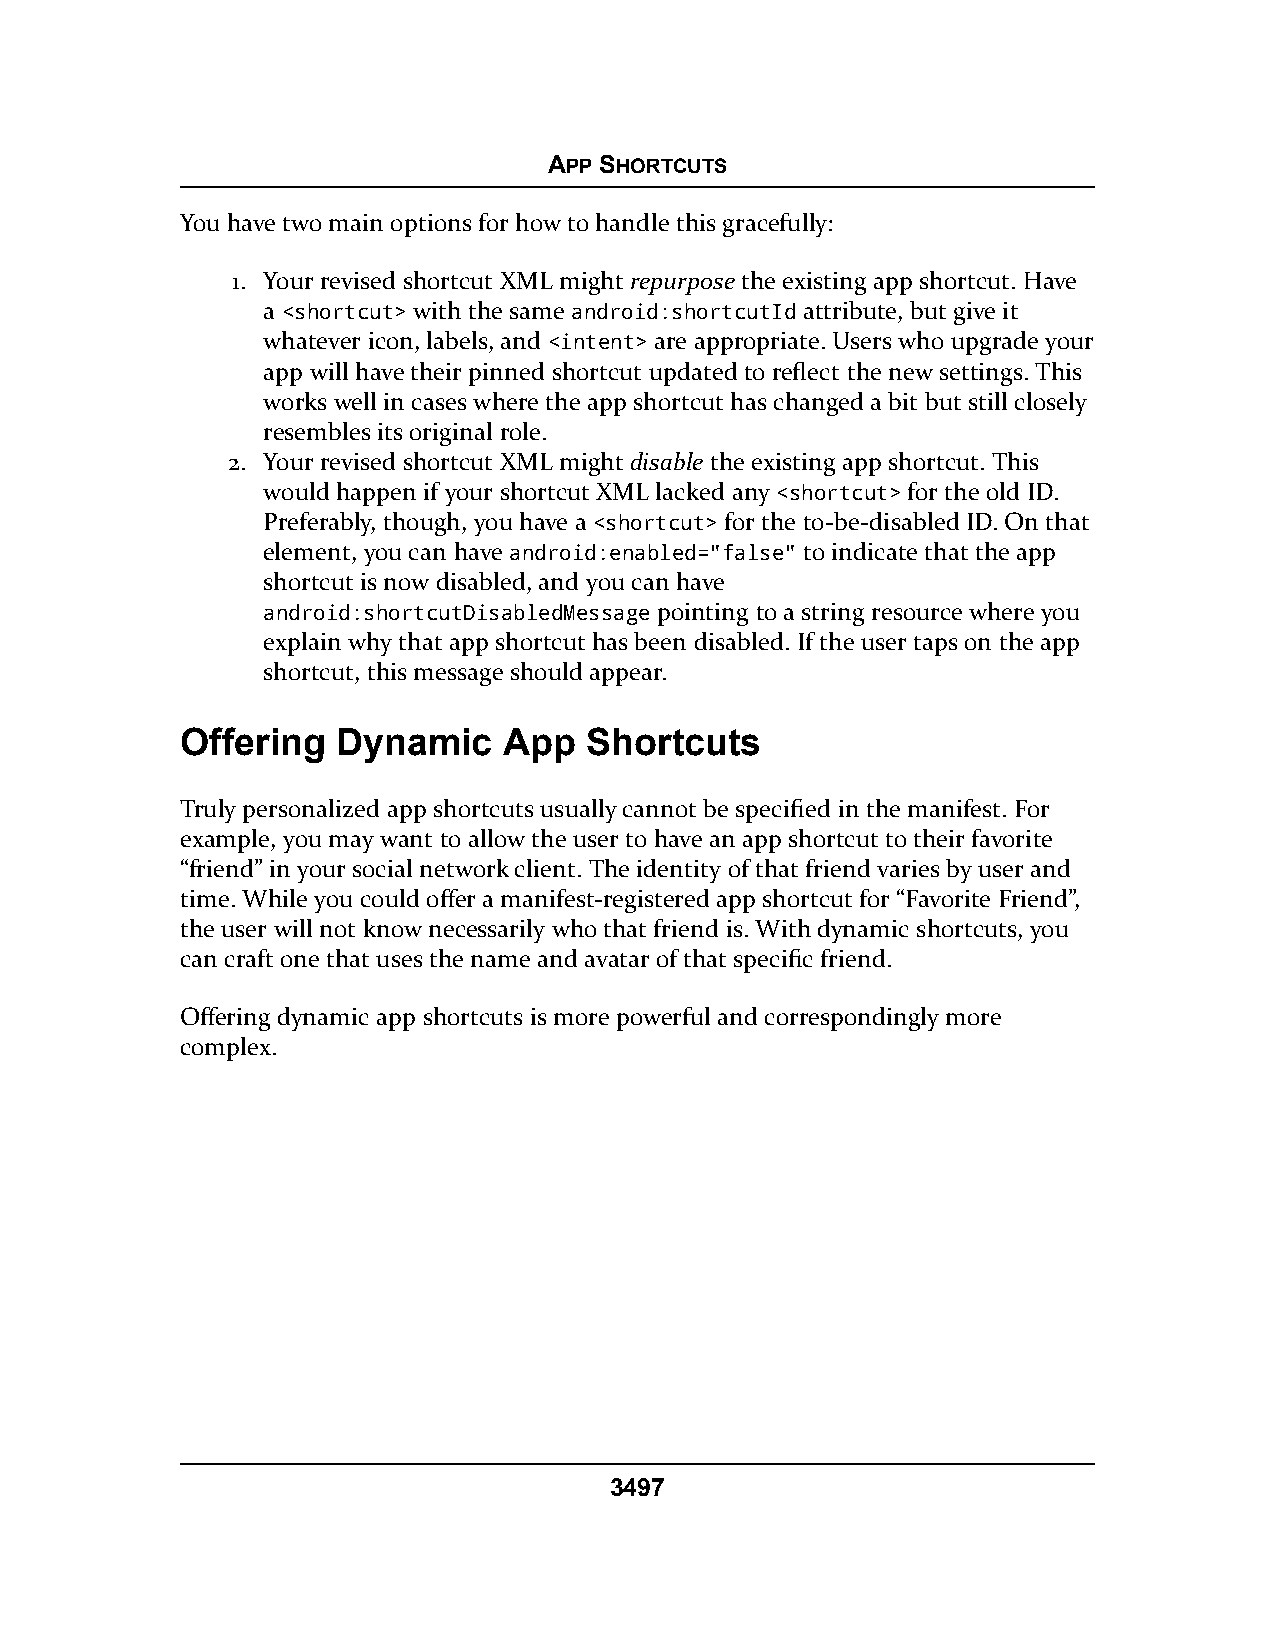
APP SHORTCUTS
 You have two main options for how to handle this gracefully:
 1. Your revised shortcut XML might repurpose the existing app shortcut. Have
 a <shortcut> with the same android:shortcutId attribute, but give it
 whatever icon, labels, and <intent> are appropriate. Users who upgrade your
 app will have their pinned shortcut updated to reflect the new settings. This
 works well in cases where the app shortcut has changed a bit but still closely
 resembles its original role.
 2. Your revised shortcut XML might disable the existing app shortcut. This
 would happen if your shortcut XML lacked any <shortcut> for the old ID.
 Preferably, though, you have a <shortcut> for the to-be-disabled ID. On that
 element, you can have android:enabled="false" to indicate that the app
 shortcut is now disabled, and you can have
 android:shortcutDisabledMessage pointing to a string resource where you
 explain why that app shortcut has been disabled. If the user taps on the app
 shortcut, this message should appear.
 Offering  Dynamic    App   Shortcuts
 Truly personalized app shortcuts usually cannot be specified in the manifest. For
 example, you may want to allow the user to have an app shortcut to their favorite
 “friend” in your social network client. The identity of that friend varies by user and
 time. While you could offer a manifest-registered app shortcut for “Favorite Friend”,
 the user will not know necessarily who that friend is. With dynamic shortcuts, you
 can craft one that uses the name and avatar of that specific friend.
 Offering dynamic app shortcuts is more powerful and correspondingly more
 complex.
 3497